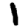
Digit: 1